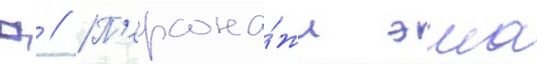
Д // П'ерсона́жи эша